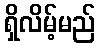
ရှိလိမ့်မည်